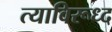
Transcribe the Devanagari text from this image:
त्याविरूध्द